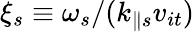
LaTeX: \xi_{s}\equiv\omega_{s}/(k_{\parallel s}v_{it})